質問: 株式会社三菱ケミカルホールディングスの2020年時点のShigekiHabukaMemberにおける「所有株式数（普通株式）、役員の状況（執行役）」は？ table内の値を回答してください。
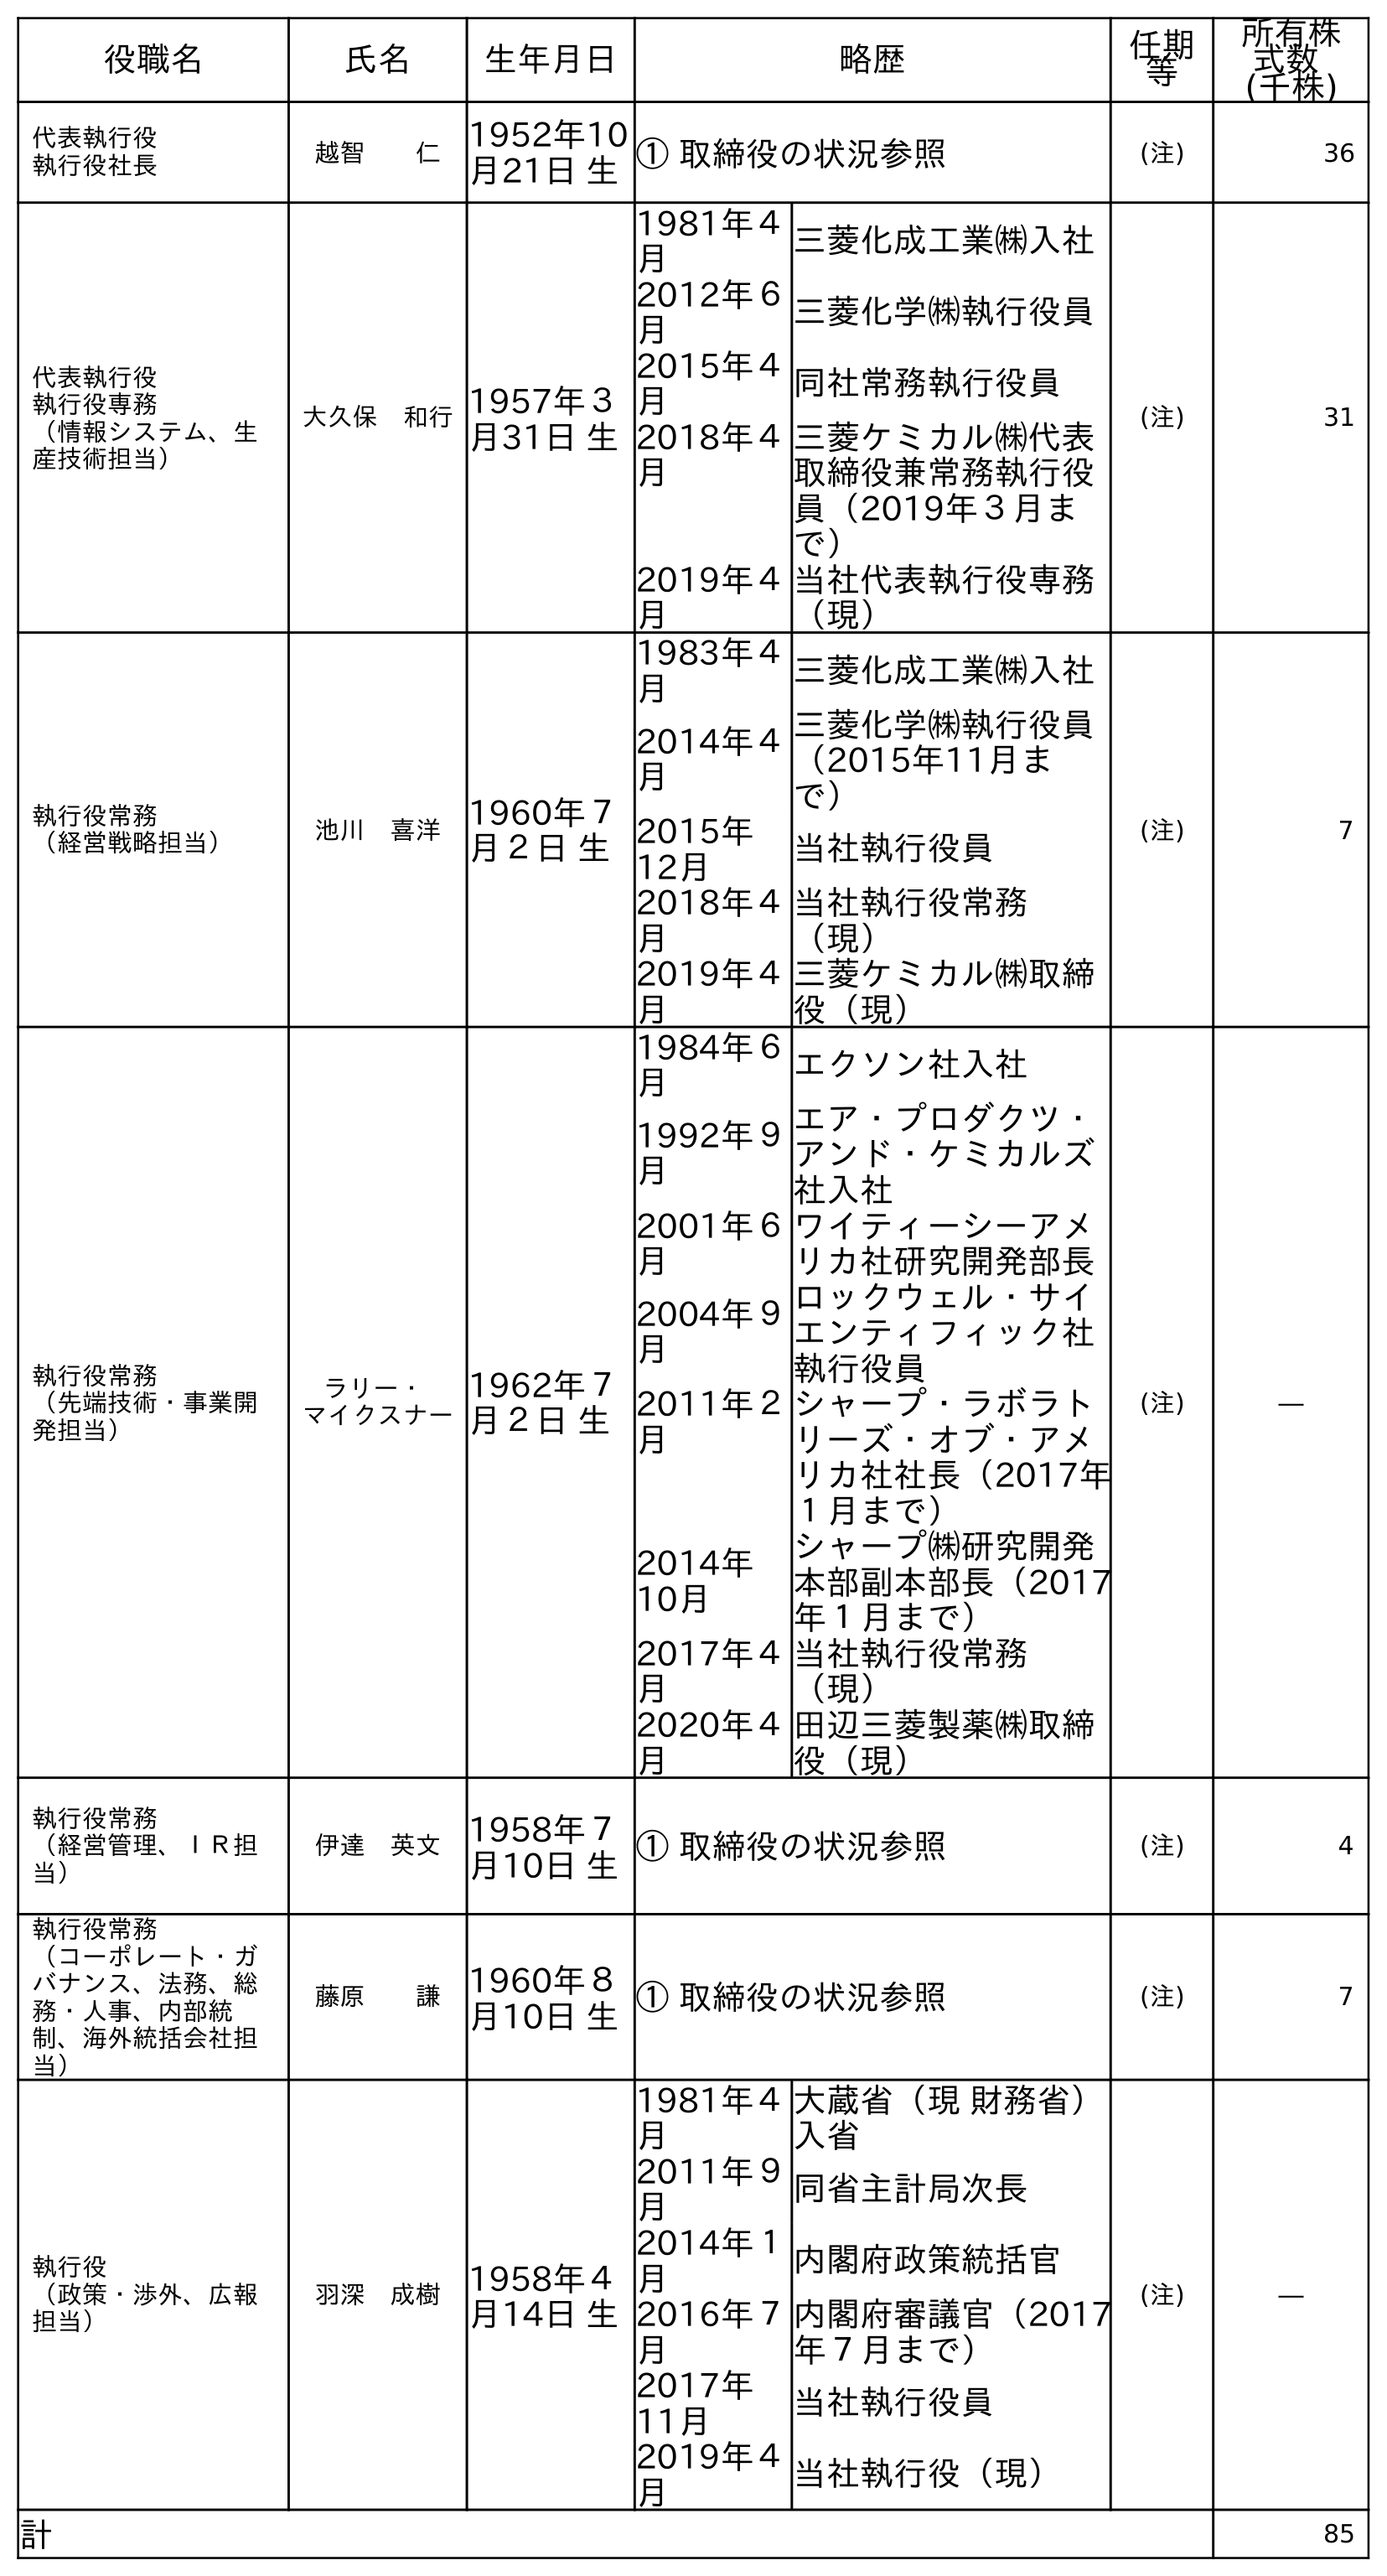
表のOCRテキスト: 役職名 氏名 生年月日 略歴 任期 等 所有株 式数 (千株) 代表執行役 執行役社長 越智  仁 1952年10 月21日 生① 取締役の状況参照 (注) 36 代表執行役 執行役専務 （情報システム、生 産技術担当） 大久保 和行1957年３ 月31日 生 1981年４ 月 三菱化成工業㈱入社 2012年６ 月 三菱化学㈱執行役員 2015年４ 月 同社常務執行役員 2018年４ 月 三菱ケミカル㈱代表 取締役兼常務執行役 員（2019年３月ま で） 2019年４ 月 当社代表執行役専務 （現） (注) 31 執行役常務 （経営戦略担当） 池川 喜洋 1960年７ 月２日 生 1983年４ 月 三菱化成工業㈱入社 2014年４ 月 三菱化学㈱執行役員 （2015年11月ま で） 2015年 12月 当社執行役員 2018年４ 月 当社執行役常務 （現） 2019年４ 月 三菱ケミカル㈱取締 役（現） (注) 7 執行役常務 （先端技術・事業開 発担当） ラリー・ マイクスナー 1962年７ 月２日 生 1984年６ 月 エクソン社入社 1992年９ 月 エア・プロダクツ・ アンド・ケミカルズ 社入社 2001年６ 月 ワイティーシーアメ リカ社研究開発部長 2004年９ 月 ロックウェル・サイ エンティフィック社 執行役員 2011年２ 月 シャープ・ラボラト リーズ・オブ・アメ リカ社社長（2017年 １月まで） 2014年 10月 シャープ㈱研究開発 本部副本部長（2017 年１月まで） 2017年４ 月 当社執行役常務 （現） 2020年４ 月 田辺三菱製薬㈱取締 役（現） (注) ― 執行役常務 （経営管理、ＩＲ担 当） 伊達 英文 1958年７ 月10日 生① 取締役の状況参照 (注) 4 執行役常務 （コーポレート・ガ バナンス、法務、総 務・人事、内部統 制、海外統括会社担 当） 藤原  謙 1960年８ 月10日 生① 取締役の状況参照 (注) 7 執行役 （政策・渉外、広報 担当） 羽深 成樹 1958年４ 月14日 生 1981年４ 月 大蔵省（現 財務省） 入省 2011年９ 月 同省主計局次長 2014年１ 月 内閣府政策統括官 2016年７ 月 内閣府審議官（2017 年７月まで） 2017年 11月 当社執行役員 2019年４ 月 当社執行役（現） (注) ― 計 85
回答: ―